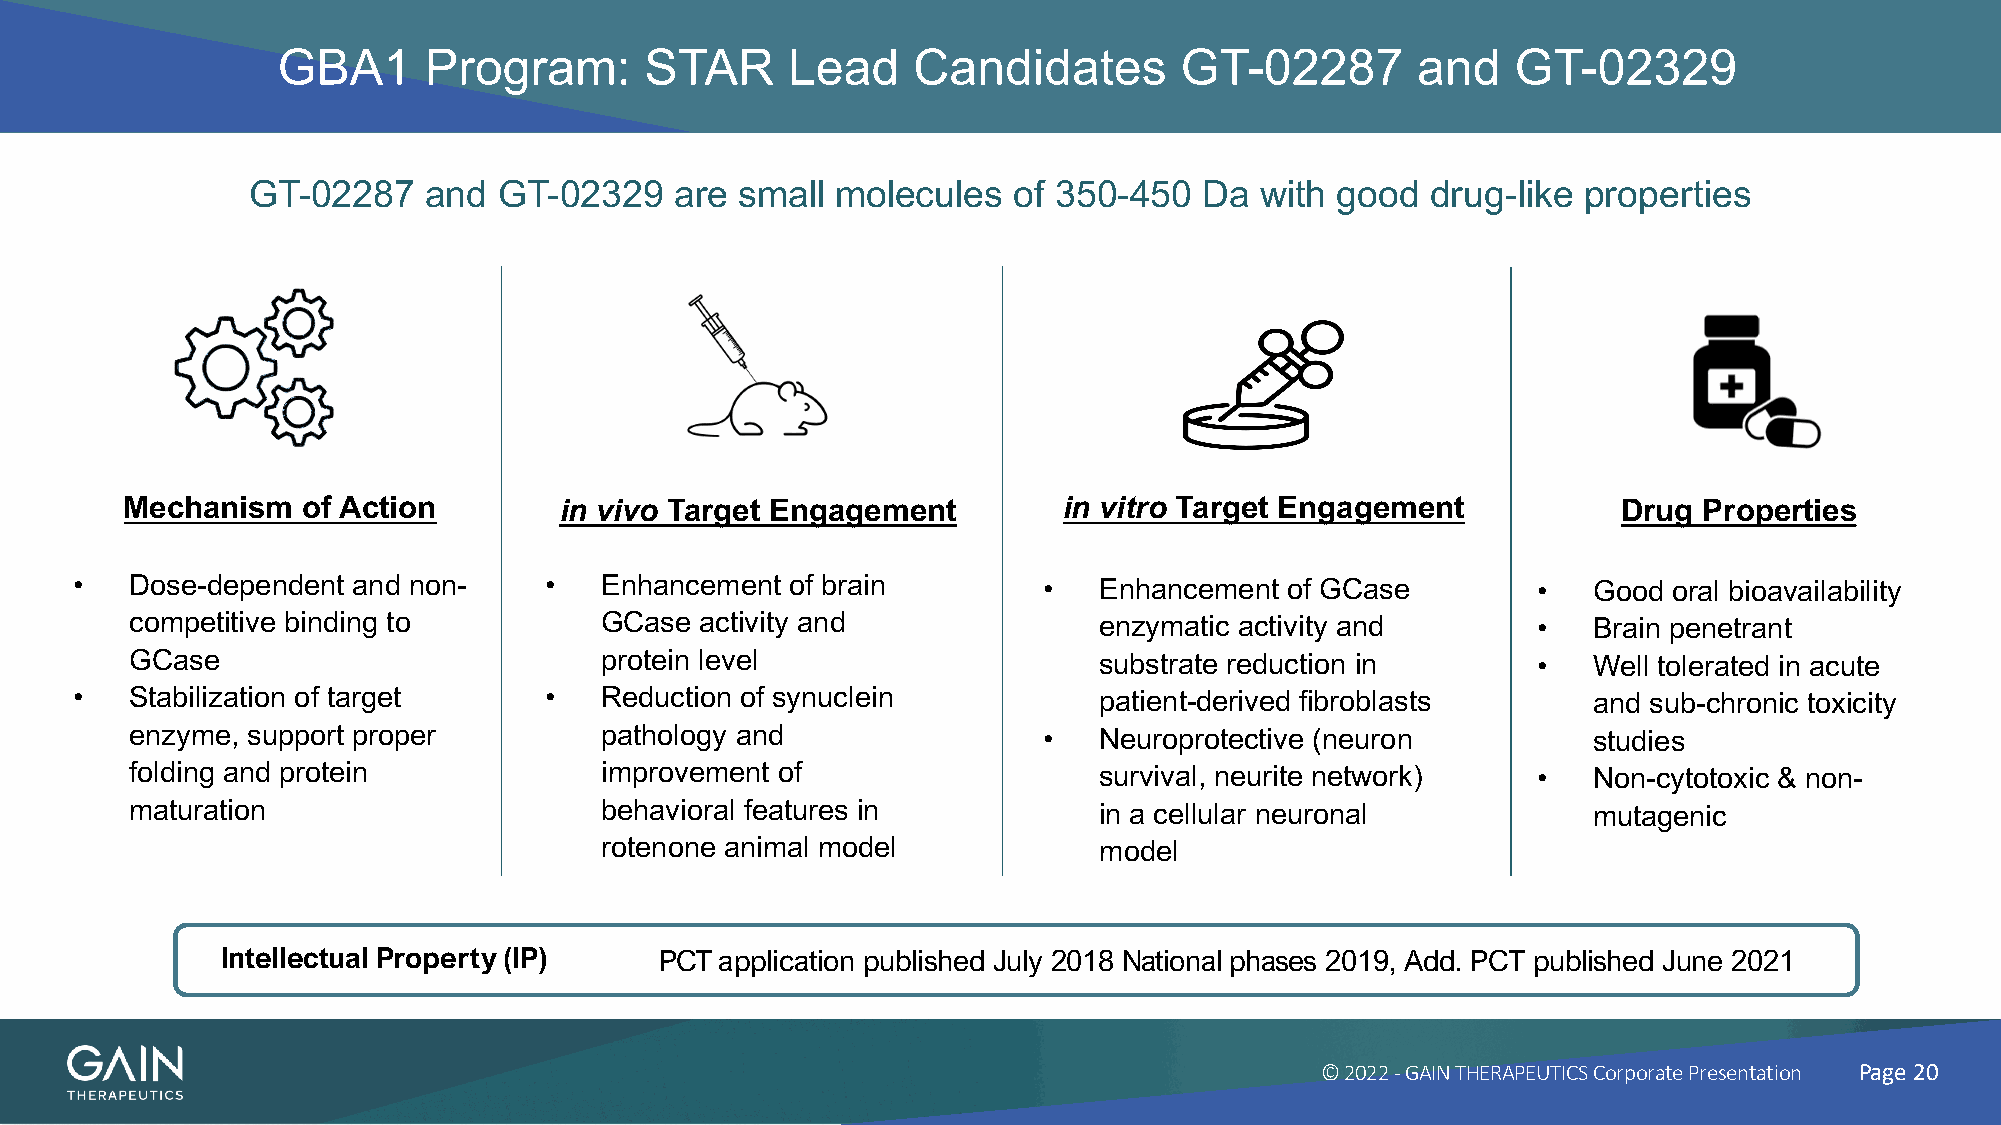
GBA1      Program:       STAR     Lead    Candidates        GT-02287        and   GT-02329
 GT-02287    and  GT-02329    are small molecules   of 350-450   Da with good   drug-like properties
 Mechanism   of Action        in vivo Target Engagement        in vitro Target Engagement           Drug  Properties
 •   Dose-dependent and non-    •   Enhancement of brain         •   Enhancement of GCase         •  Good  oral bioavailability
 competitive binding to         GCase activity and               enzymatic activity and       •  Brain penetrant
 GCase                          protein level                    substrate reduction in       •  Well tolerated in acute
 •   Stabilization of target    •   Reduction of synuclein           patient-derived fibroblasts     and sub-chronic toxicity
 enzyme, support proper         pathology and                •   Neuroprotective (neuron         studies
 folding and protein            improvement of                   survival, neurite network)   •  Non-cytotoxic & non-
 maturation                     behavioral features in           in a cellular neuronal          mutagenic
 rotenone animal model            model
 Intellectual Property(IP)    PCT application published July 2018 National phases 2019, Add. PCT published June 2021
 © 2022 -GAIN THERAPEUTICS Corporate Presentation Page 20